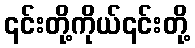
၎င်းတို့ကိုယ်၎င်းတို့